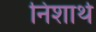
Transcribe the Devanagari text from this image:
निशार्थ